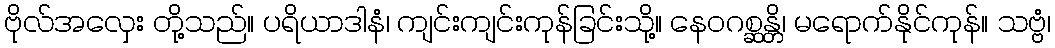
ဗိုလ်အလှေး တို့သည်။ ပရိယာဒါနံ၊ ကျင်းကျင်းကုန်ခြင်းသို့။ နေဝဂစ္ဆန္တိ၊ မရောက်နိုင်ကုန်။ သဗ္ဗံ၊